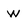
Character: W